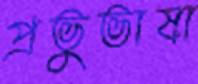
প্রভুভাষা